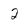
Character: 2